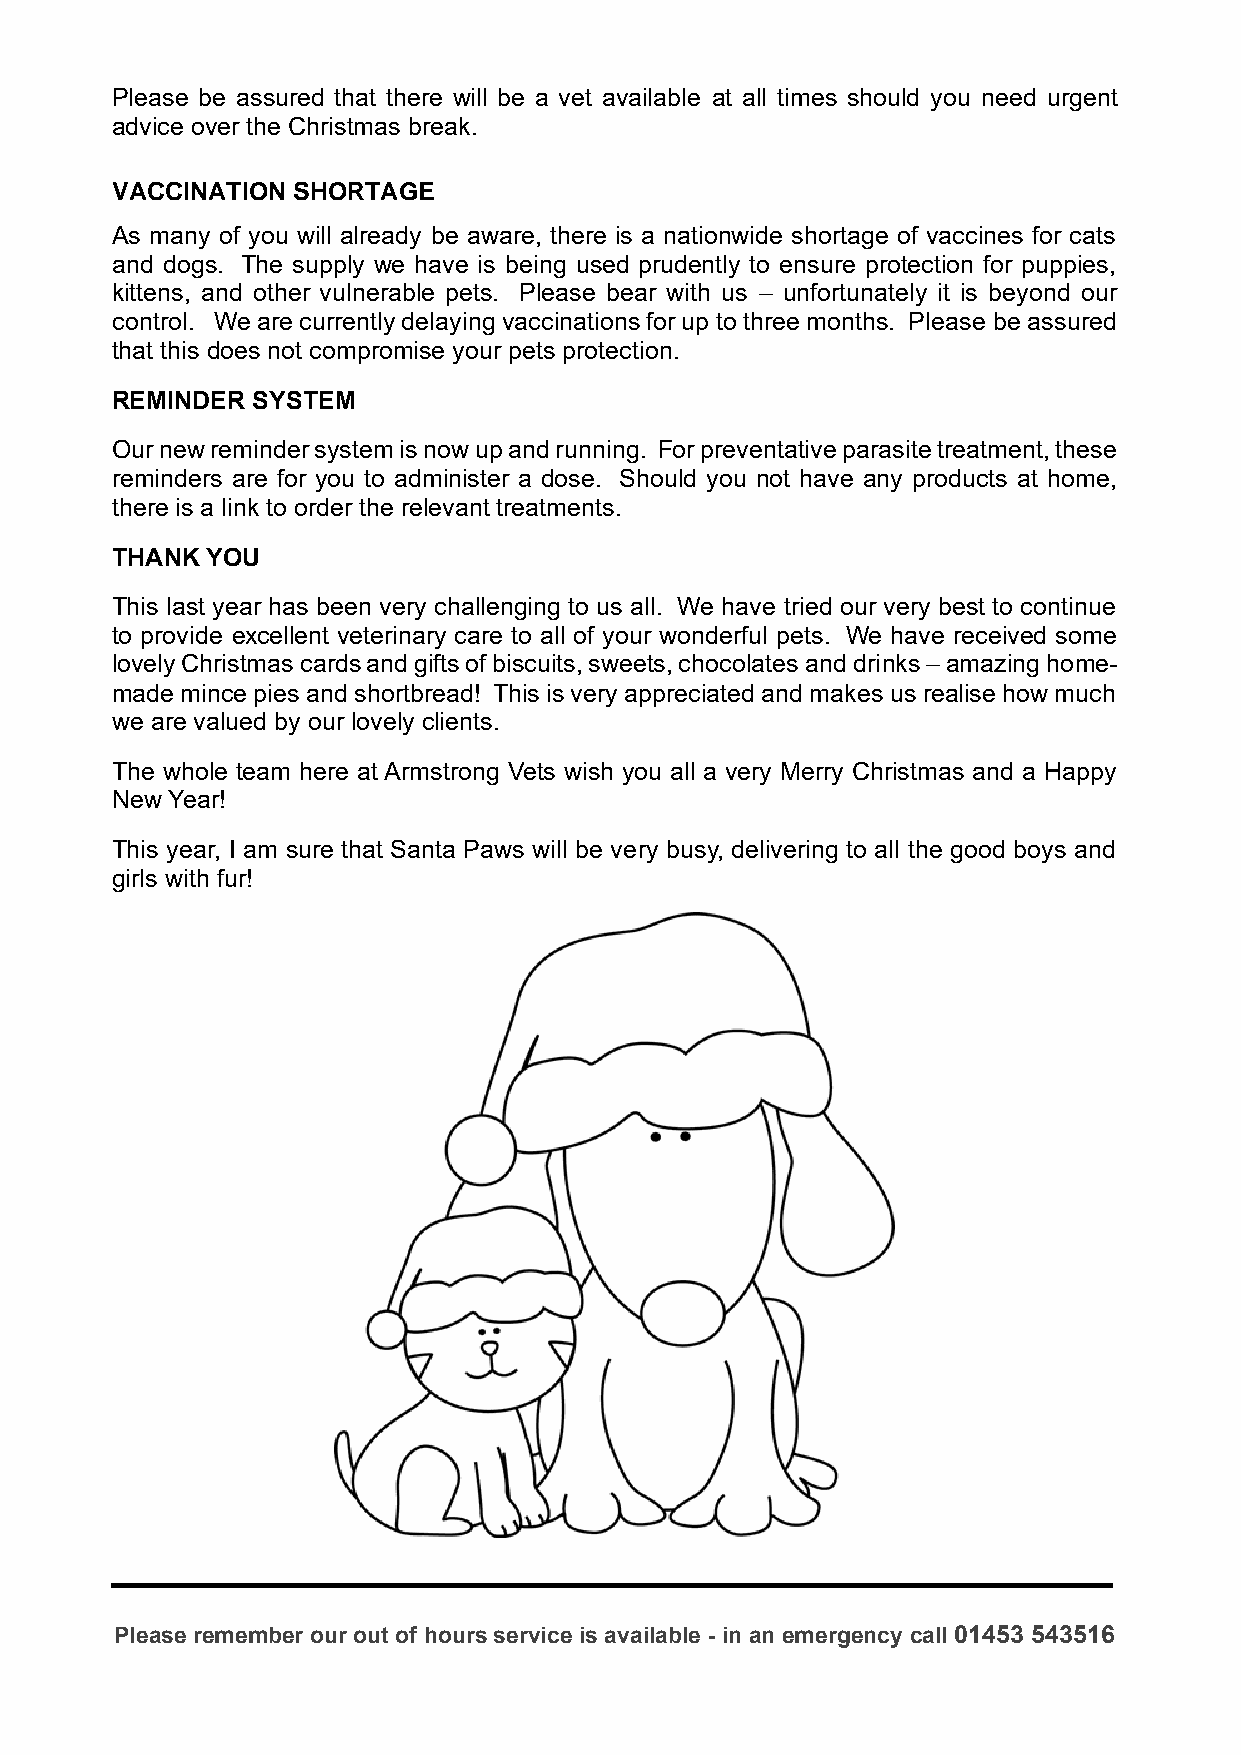
Please be assured that there will be a vet available at all times should you need urgent
 advice over the Christmas break.
 VACCINATION SHORTAGE
 As many of you will already be aware, there is a nationwide shortage of vaccines for cats
 and dogs. The supply we have is being used prudently to ensure protection for puppies,
 kittens, and other vulnerable pets. Please bear with us – unfortunately it is beyond our
 control. We are currently delaying vaccinations for up to three months. Please be assured
 that this does not compromise your pets protection.
 REMINDER  SYSTEM
 Our new reminder system is now up and running. For preventative parasite treatment, these
 reminders are for you to administer a dose. Should you not have any products at home,
 there is a link to order the relevant treatments.
 THANK  YOU
 This last year has been very challenging to us all. We have tried our very best to continue
 to provide excellent veterinary care to all of your wonderful pets. We have received some
 lovely Christmas cards and gifts of biscuits, sweets, chocolates and drinks – amazing home-
 made mince pies and shortbread! This is very appreciated and makes us realise how much
 we are valued by our lovely clients.
 The whole team here at Armstrong Vets wish you all a very Merry Christmas and a Happy
 New Year!
 This year, I am sure that Santa Paws will be very busy, delivering to all the good boys and
 girls with fur!
 Please remember our out of hours service is available - in an emergency call 01453 543516